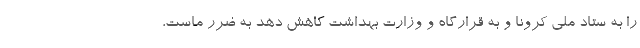
را به ستاد ملی کرونا و به قرارگاه و وزارت بهداشت کاهش دهد به ضرر ماست،